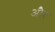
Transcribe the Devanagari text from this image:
ओेैर